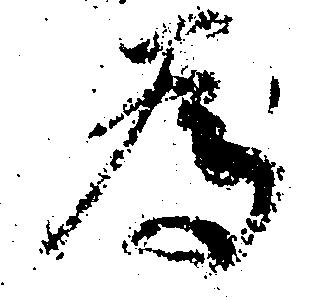
為